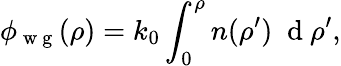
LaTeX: \phi_{\mathrm{~w~g~}}(\rho)=k_{0}\int_{0}^{\rho}n(\rho^{\prime})\; \mathrm{~d~}\rho^{\prime},